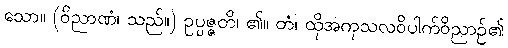
သော။ (ဝိညာဏံ၊ သည်။) ဥပ္ပဇ္ဇတိ၊ ၏။ တံ၊ ထိုအကုသလဝိပါက်ဝိညာဉ်၏